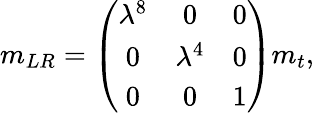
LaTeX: m_{LR}=\left(\begin{array}{ccc}{{\lambda^{8}}}&{{0}}&{{0}}\\ {{0}}&{{\lambda^{4}}}&{{0}}\\ {{0}}&{{0}}&{{1}}\end{array}\right)m_{t},